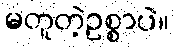
မတူတဲ့ဥစ္စာပဲ။